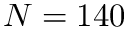
N = 1 4 0